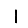
Digit: 1